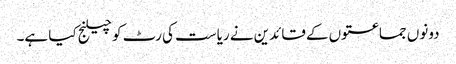
دونوں جماعتوں کے قائدین نے ریاست کی رٹ کو چیلنج کیا ہے۔